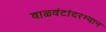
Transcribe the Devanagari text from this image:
वाळवंटांदरम्यान